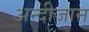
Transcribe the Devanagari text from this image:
अन्दीजान